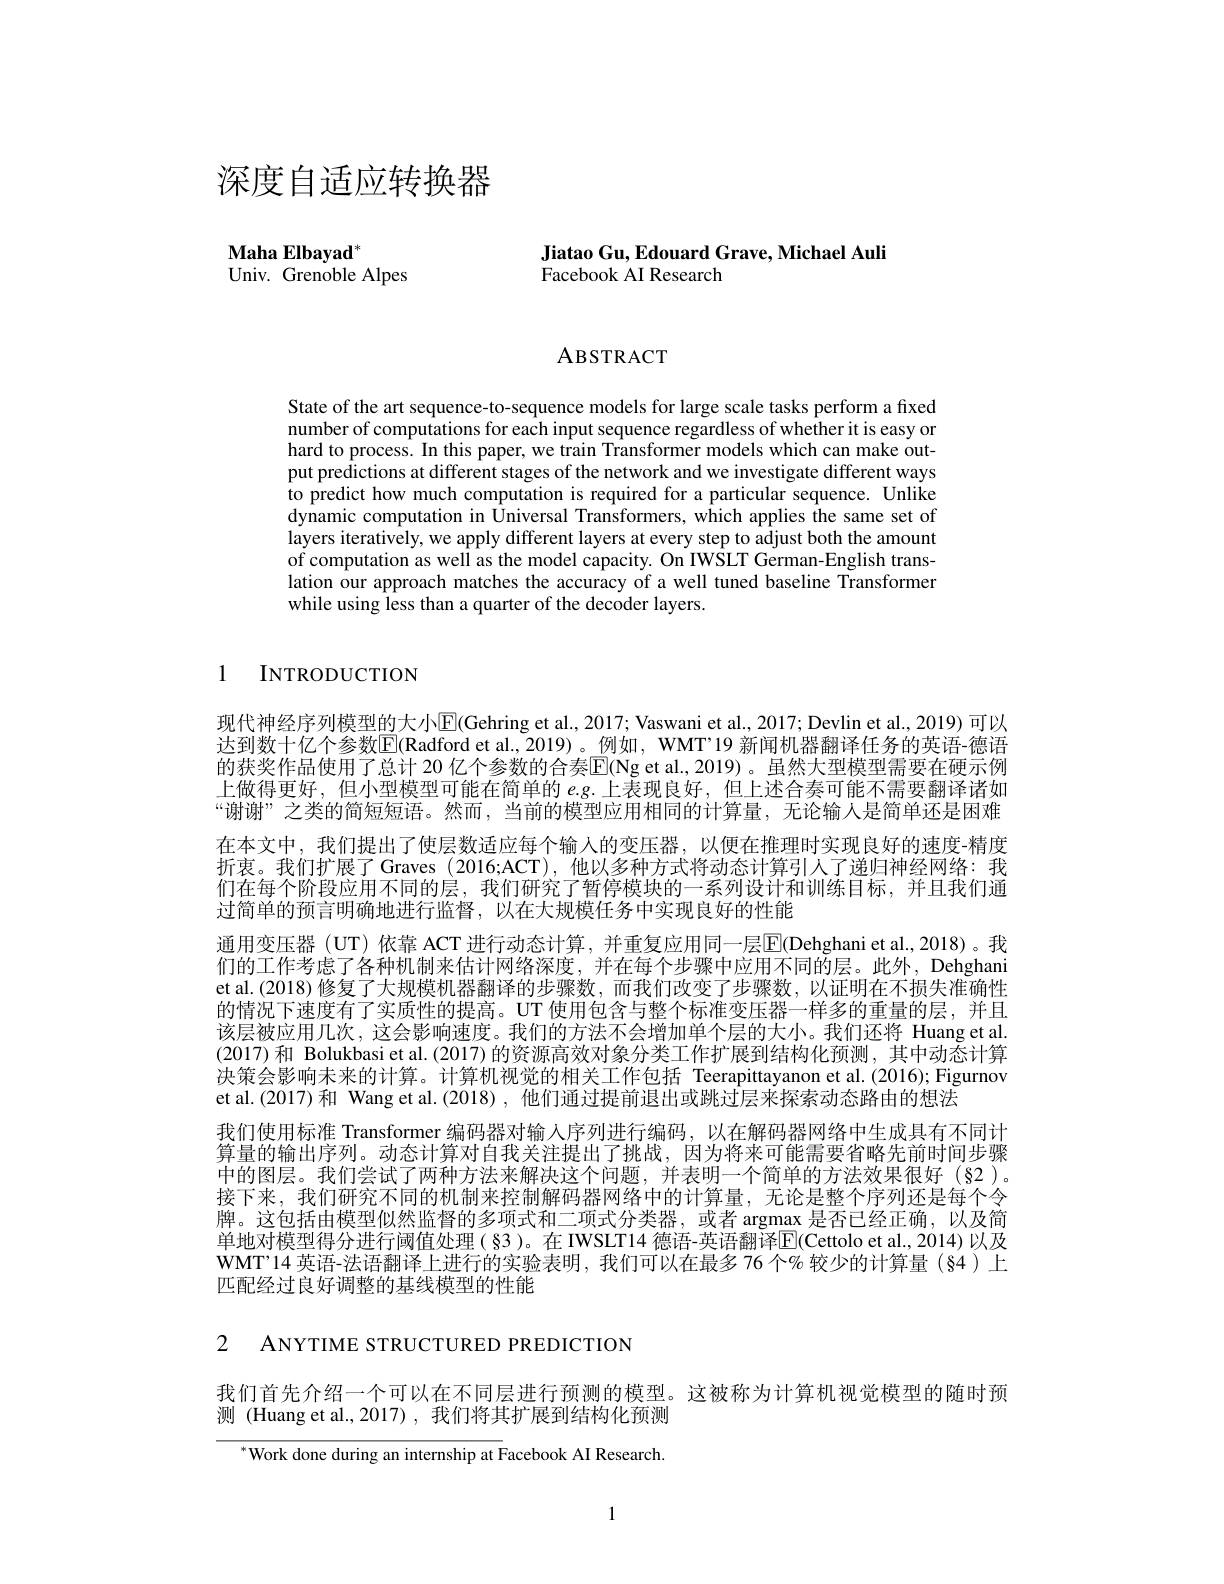
深度自适应转换器

Maha Elbayad$^*$
Univ. Grenoble Alpes

## Jiatao Gu, Edouard Grave, Michael Auli Facebook AI Research

ABSTRACT

State of the art sequence-to-sequence models for large scale tasks perform a fixed number of computations for each input sequence regardless of whether it is easy or hard to process. In this paper, we train Transformer models which can make output predictions at different stages of the network and we investigate different ways to predict how much computation is required for a particular sequence. Unlike dynamic computation in Universal Transformers, which applies the same set of layers iteratively, we apply different layers at every step to adjust both the amount of computation as well as the model capacity. On IWSLT German-English translation our approach matches the accuracy of a well tuned baseline Transformer while using less than a quarter of the decoder layers.

1 INTRODUCTION

现代神经序列模型的大小$\overline{\mathrm{E}}($Gehring et al., 2017; Vaswani et al., 2017; Devlin et al., 2019) 可以达到数十亿个参数$\boxed{\mathrm{E}}($Radford et al.,2019)。例如，WMT’19 新闻机器翻译任务的英语-德语的获奖作品使用了总计 20 亿个参数的合奏$\mathbb{E}($Ng et al., 2019) 。虽然大型模型需要在硬示例上做得更好，但小型模型可能在简单的 e.g. 上表现良好，但上述合奏可能不需要翻译诸如“谢谢”之类的简短短语。然而，当前的模型应用相同的计算量，无论输人是简单还是困难在本文中，我们提出了使层数适应每个输人的变压器，以便在推理时实现良好的速度-精度折衷。我们扩展了 Graves (2016;ACT),他以多种方式将动态计算引人了递归神经网络：我们在每个阶段应用不同的层，我们研究了暂停模块的一系列设计和训练目标，并且我们通过简单的预言明确地进行监督，以在大规模任务中实现良好的性能
通用变压器 (UT) 依靠 ACT 进行动态计算，并重复应用同一层$\overline{\mathrm{E}}$(Dehghani et al.,2018)。我们的工作考虑了各种机制来估计网络深度，并在每个步骤中应用不同的层。此外，Dehghani et al.(2018) 修复了大规模机器翻译的步骤数，而我们改变了步骤数，以证明在不损失准确性的情况下速度有了实质性的提高。UT 使用包含与整个标准变压器一样多的重量的层，并且该层被应用几次，这会影响速度。我们的方法不会增加单个层的大小。我们还将 Huang et al. (2017)和 Bolukbasi et al.(2017) 的资源高效对象分类工作扩展到结构化预测，其中动态计算决策会影响未来的计算。计算机视觉的相关工作包括 Teerapittayanon et al.(2016);Figurnov et al.(2017)和 Wang et al.(2018),他们通过提前退出或跳过层来探索动态路由的想法
我们使用标准 Transformer 编码器对输人序列进行编码，以在解码器网络中生成具有不同计算量的输出序列。动态计算对自我关注提出了挑战，因为将来可能需要省略先前时间步骤中的图层。我们尝试了两种方法来解决这个问题，并表明一个简单的方法效果很好(§2)。接下来，我们研究不同的机制来控制解码器网络中的计算量，无论是整个序列还是每个令牌。这包括由模型似然监督的多项式和二项式分类器，或者 argmax 是否已经正确，以及简单地对模型得分进行阈值处理(§3)。在 IWSLT14 德语-英语翻译$\mathbb{E}($Cettolo et al.,2014)以及WMT’14 英语-法语翻译上进行的实验表明，我们可以在最多 76 个% 较少的计算量 (84)上匹配经过良好调整的基线模型的性能

2 ANYTIME STRUCTURED PREDICTION

我们首先介绍一个可以在不同层进行预测的模型。这被称为计算机视觉模型的随时预
测 (Huang et al.,2017),我们将其扩展到结构化预测

${}^{*}$Work done during an internship at Facebook AI Research

1